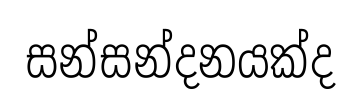
සන්සන්දනයක්ද